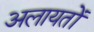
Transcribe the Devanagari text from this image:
अलायतों